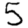
Digit: 5